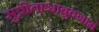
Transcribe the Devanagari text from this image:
सुप्रीताश्चाब्रुवन्रामं